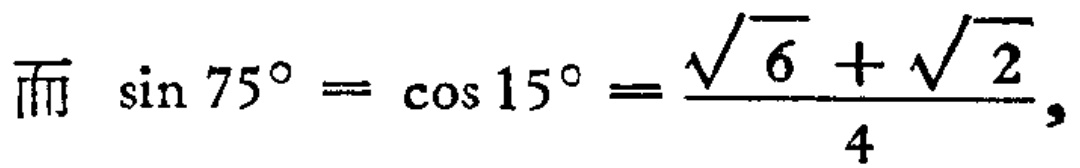
而 $\sin 75^{\circ} = \cos 15^{\circ} = \frac{\sqrt{6} + \sqrt{2}}{4}$,